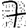
Digit: 7